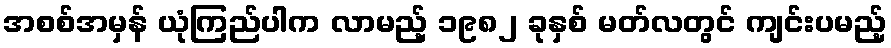
အစစ်အမှန် ယုံကြည်ပါက လာမည့် ၁၉၈၂ ခုနှစ် မတ်လတွင် ကျင်းပမည့်